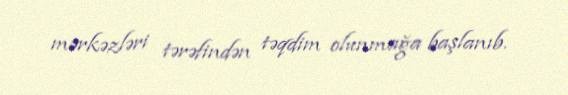
mərkəzləri tərəfindən təqdim olunmağa başlanıb.